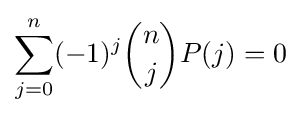
\sum _{j=0}^{n}(-1)^{j}{\binom {n}{j}}P(j)=0